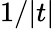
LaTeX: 1/|t|